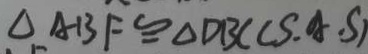
\Delta A B F \cong \Delta D B C ( S . A . S )